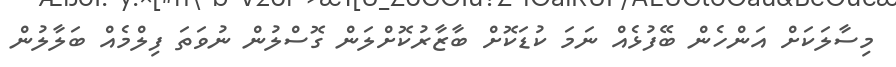
މިސާލަކަށް އަންހެން ބޭފުޅެއް ނަމަ ކުޑަކޮށް ބާޒާރުކޮށްލަން ގޮސްލުން ނުވަތަ ފިލްމެއް ބަލާލުން